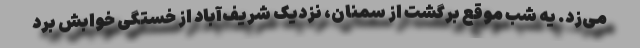
می‌زد. یه شب موقع برگشت از سمنان، نزدیک شریف‌آباد از خستگی خوابش برد